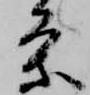
条